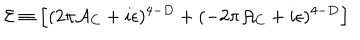
{ \cal E } \equiv \Bigl [ ( 2 \pi { \cal A } _ { C } + i \epsilon ) ^ { 4 - D } + ( - 2 \pi { \cal A } _ { C } + i \epsilon ) ^ { 4 - D } \Bigr ]